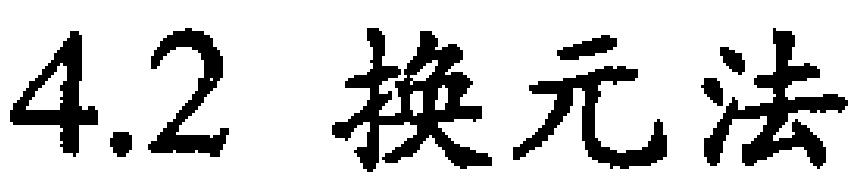
$4.2\ 换元法$